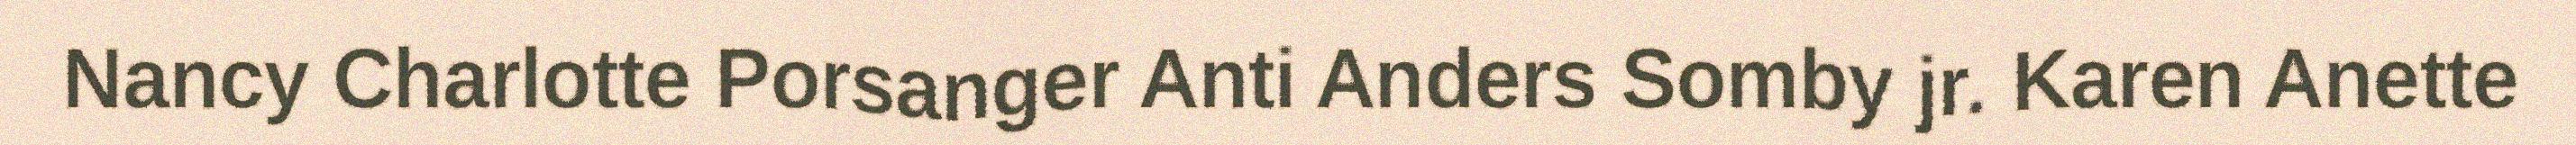
Nancy Charlotte Porsanger Anti Anders Somby jr. Karen Anette